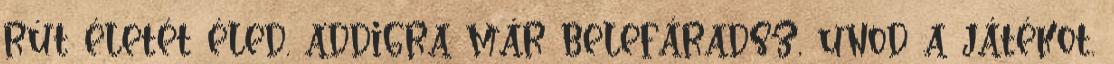
rút életét éled. addigra már belefáradsz, unod a játékot.